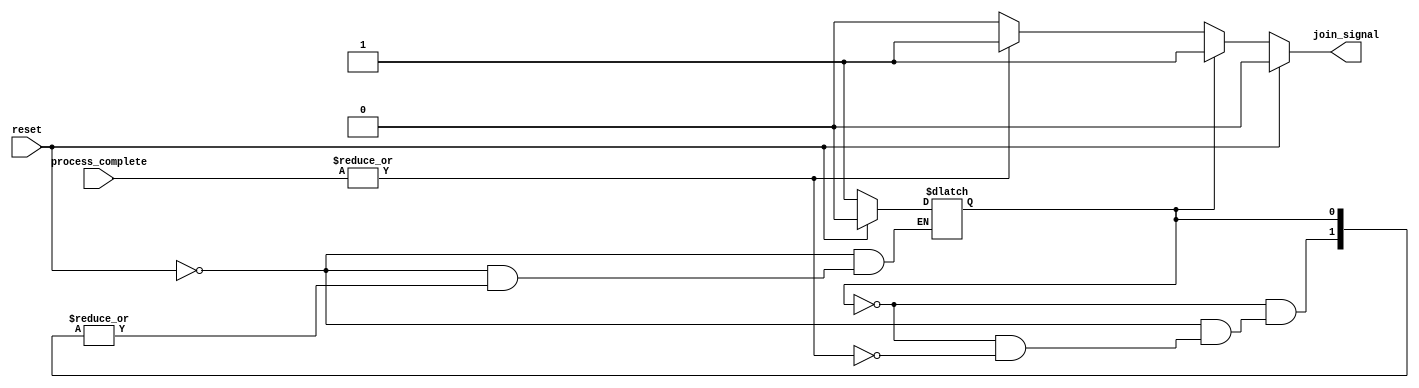
module fork_join_any #(
    parameter NUM_PROCESSES = 4 // Define the number of concurrent processes
)(
    input wire [NUM_PROCESSES-1:0] process_complete, // Input signals for process completion
    input wire reset, // Reset signal to clear the join signal
    output reg join_signal // Output signal asserted when any process completes
);

// Internal state variable to track if join signal has been asserted
reg joined;

// Always block to monitor process completion
always @(*) begin
    if (reset) begin
        join_signal = 0; // Reset the join signal
        joined = 0; // Reset the joined status
    end else if (!joined) begin
        if (|process_complete) begin // Check if any process has completed
            join_signal = 1; // Assert join signal
            joined = 1; // Set joined status to prevent reassertion
        end else begin
            join_signal = 0; // Keep join signal deasserted
        end
    end else begin
        join_signal = 1; // Keep join signal asserted until reset
    end
end

endmodule